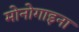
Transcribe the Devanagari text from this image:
मोनोगाइना